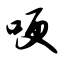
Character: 哽